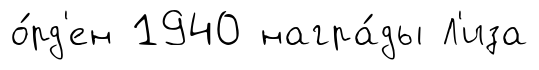
о́рд'ен 1940 награ́ды Л'иза